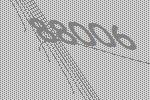
88006